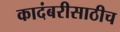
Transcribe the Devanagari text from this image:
कादंबरीसाठीच